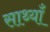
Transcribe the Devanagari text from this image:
साथ्याँ